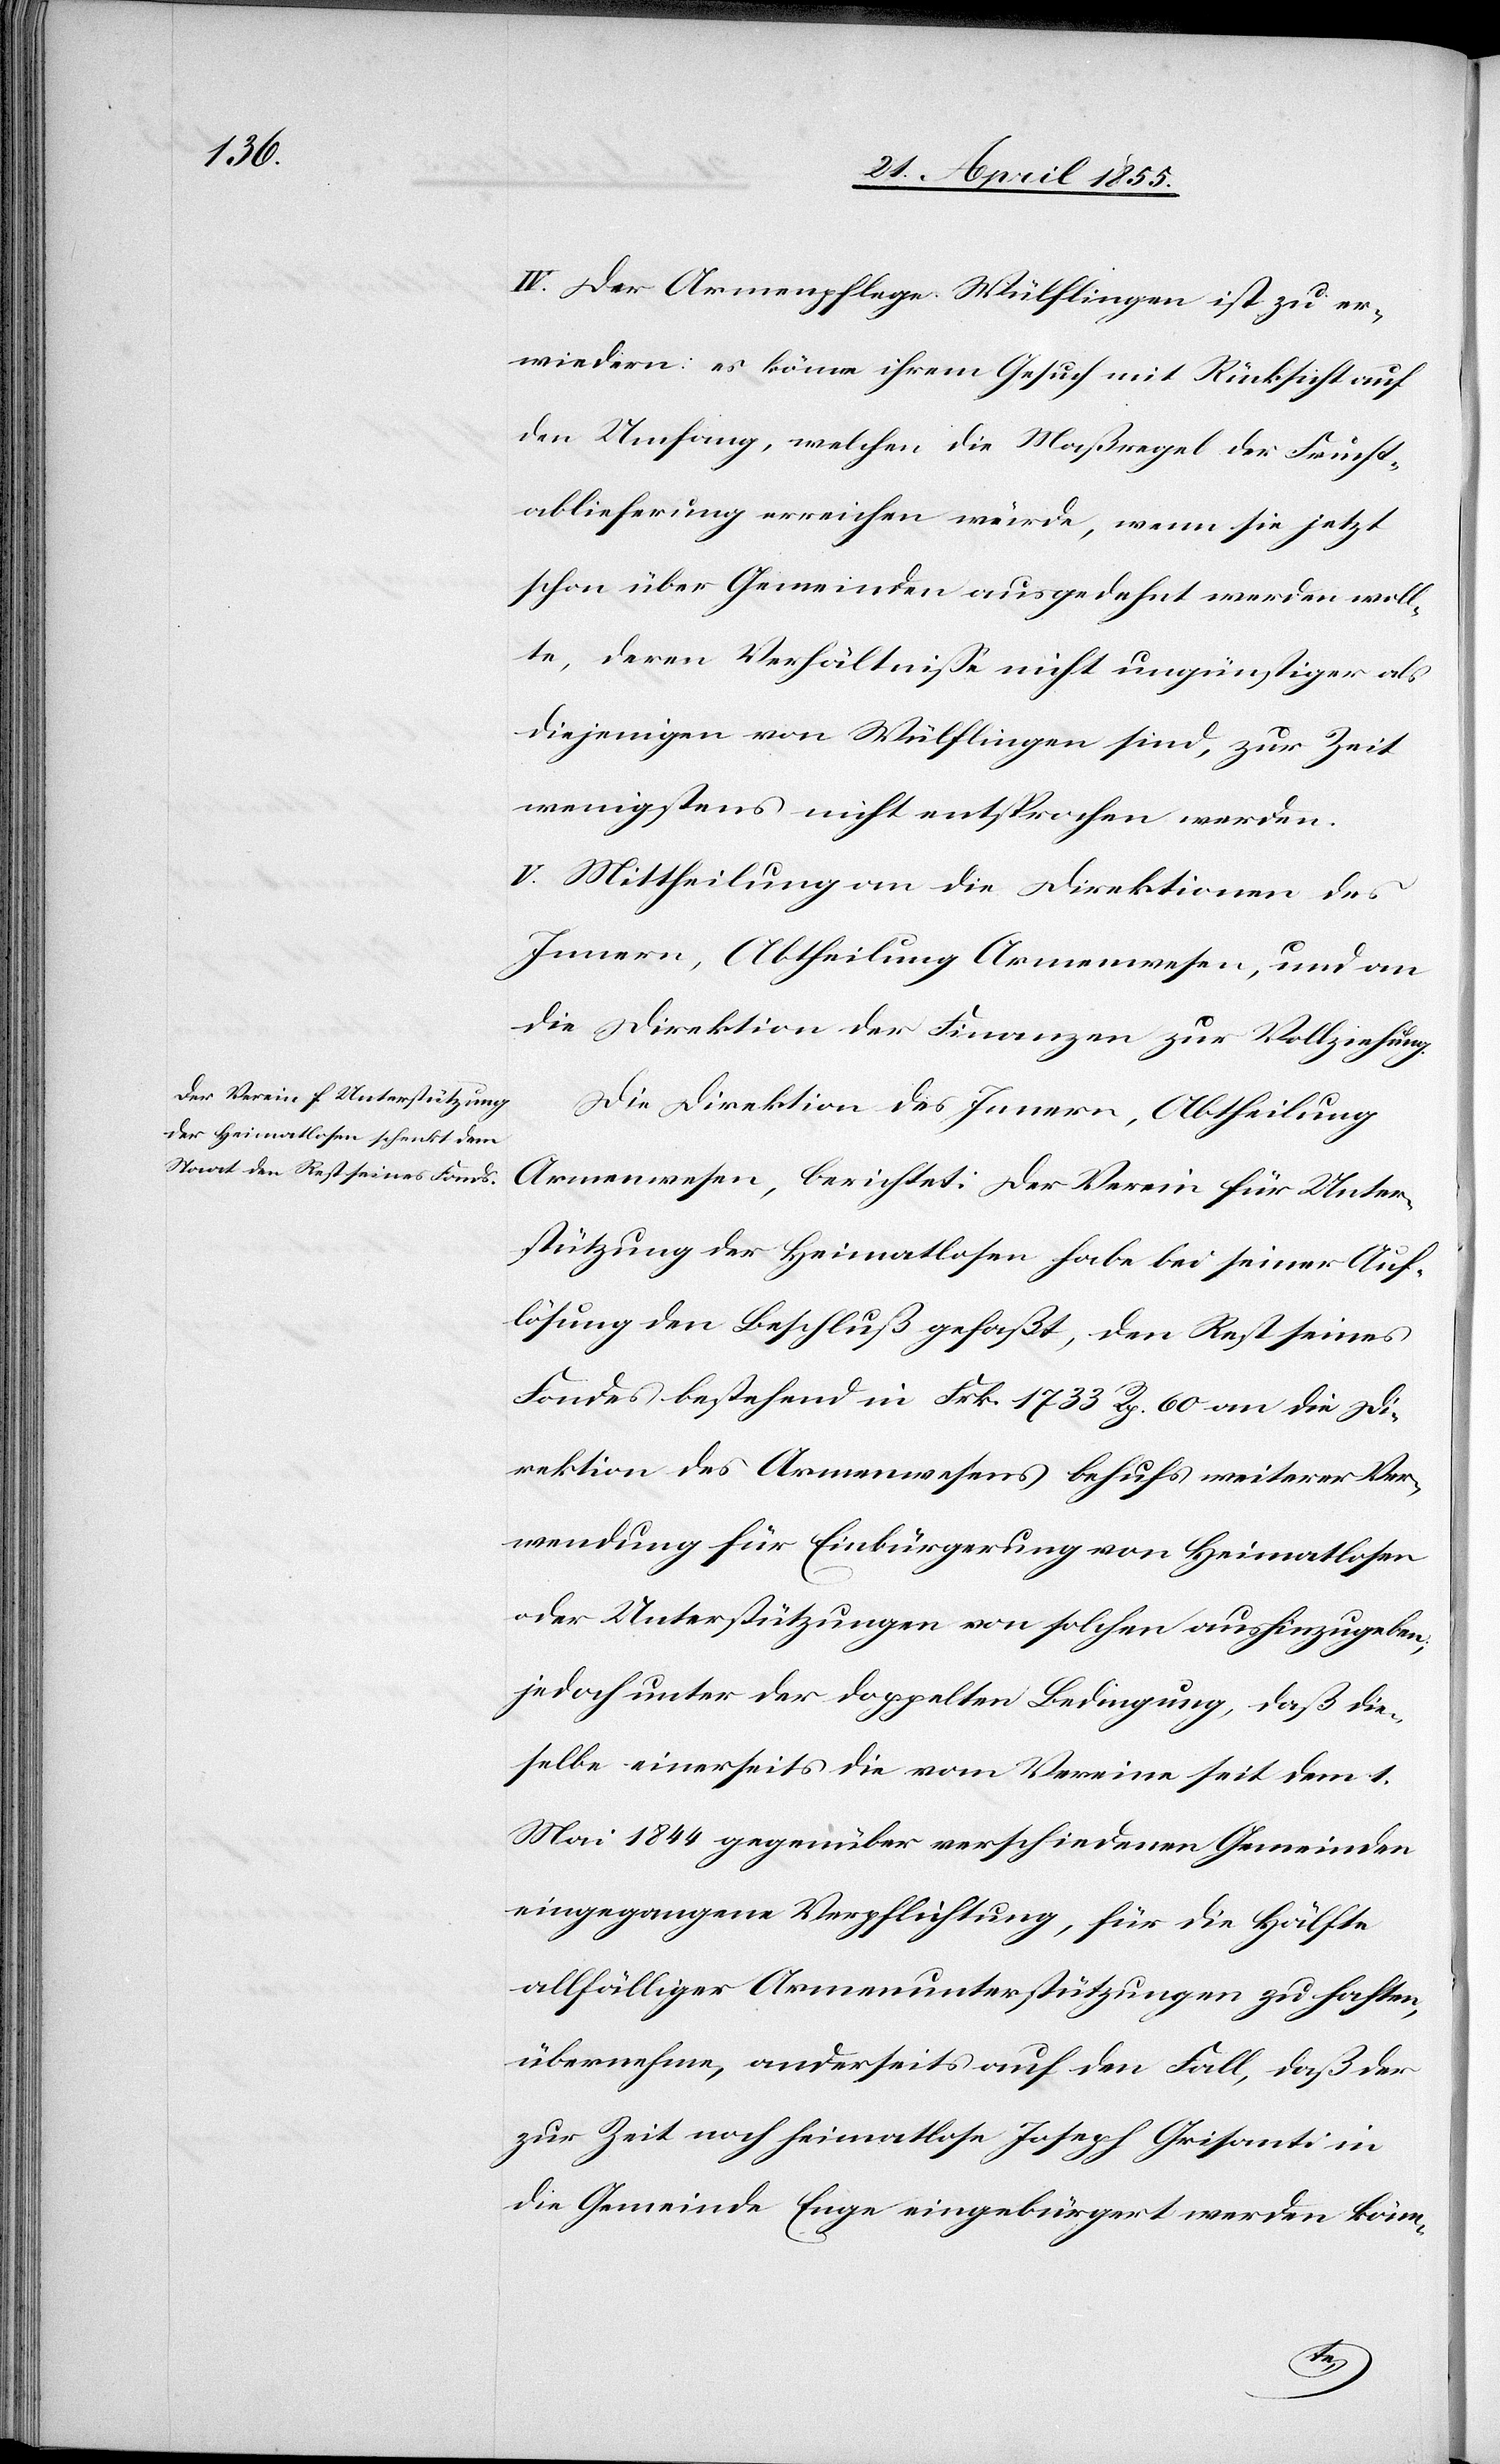
IV. Der Armenpflege Wülflingen ist zu er¬
wiedern: es könne ihrem Gesuch mit Rücksicht auf
den Umfang, welchen die Maßregel der Frucht¬
ablieferung erreichen würde, wenn sie jetzt
schon über Gemeinden ausgedehnt werden woll¬
te, deren Verhältnisse nicht ungünstiger als
diejenigen von Wülflingen sind, zur Zeit
wenigstens nicht entsprochen werden.
V. Mittheilung an die Direktionen
Innern, Abtheilung Armenwesen, und an
die Direktion der Finanzen zur Vollziehung.
Die Direktion des Innern, Abtheilung
Armenwesen, berichtet: Der Verein für Unter¬
stützung der Heimatlosen habe bei seiner Auf¬
lösung den Beschluß gefaßt, den Rest seines
Fondes bestehend in Frk. 1733 Rp. 60 an die Di¬
rektion des Armenwesens behufs weiterer Ver¬
wendung für Einbürgerung von Heimatlosen
oder Unterstützungen von solchen aushinzugeben,
jedoch unter der doppelten Bedingung, daß die¬
selbe einerseits die vom Vereine seit dem 1.
Mai 1844 gegenüber verschiedenen Gemeinden
eingegangene Verpflichtung, für die Hälfte
allfälliger Armenunterstützungen zu haften,
übernehme, anderseits auf den Fall, daß der
zur Zeit noch heimatlose Joseph Grisanti in
die Gemeinde Enge eingebürgert werden könn-
des